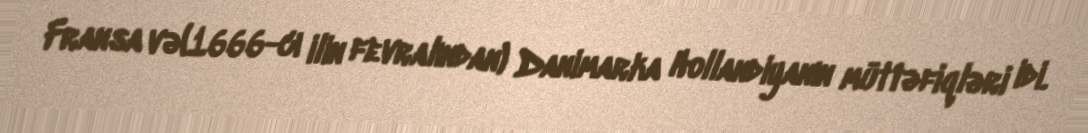
Fransa və(1666-cı ilin fevralından) Danimarka Hollandiyanın müttəfiqləri idi.